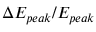
\Delta E _ { p e a k } / E _ { p e a k }